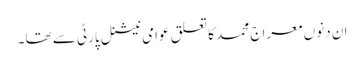
ان دنوں معراج محمد کا تعلق عوامی نیشنل پارٹی سے تھا۔